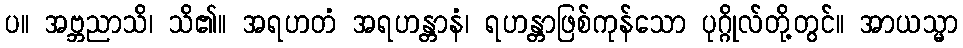
ပ။ အဗ္ဘညာသိ၊ သိ၏။ အရဟတံ အရဟန္တာနံ၊ ရဟန္တာဖြစ်ကုန်သော ပုဂ္ဂိုလ်တို့တွင်။ အာယသ္မာ